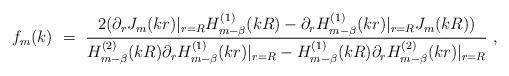
LaTeX: \begin{align*}f_m(k)\ =\ \frac{2(\partial_r J_m(kr)|_{r=R}H^{(1)}_{m-\beta}(kR)-\partial_r H^{(1)}_{m-\beta}(kr) |_{r=R} J_m(kR))}{H^{(2)}_{m-\beta}(kR)\partial_r H^{(1)}_{m-\beta}(kr) |_{r=R}-H^{(1)}_{m-\beta}(kR)\partial_r H^{(2)}_{m-\beta}(kr) |_{r=R}}\ ,\end{align*}